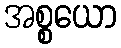
အစ္စယော